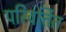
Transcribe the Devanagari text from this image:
परिवर्त्तित